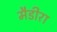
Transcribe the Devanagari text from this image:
मैडीरा